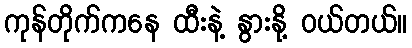
ကုန်တိုက်ကနေ ထီးနဲ့ နွားနို့ ဝယ်တယ်။